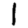
Digit: 1